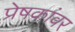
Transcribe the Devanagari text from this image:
प्रेषकांवर